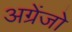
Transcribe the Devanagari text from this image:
अग्रेंजो